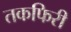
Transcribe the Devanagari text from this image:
तकफिरी